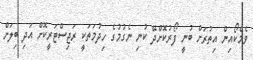
ވެމްކޯއިން އިތުރަށް ބުނީ ފޯރުކޮށްދޭ ކުނި ނެގުމުގެ ހިދުމަތަކީ ރަޖިސްޓަރީކޮށް އަދި ބިލަށް